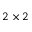
2 \times 2